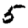
Digit: 5